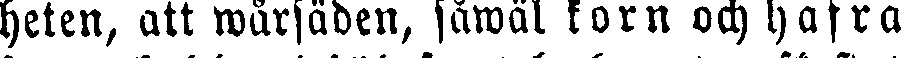
heten, att wårsäden, såwäl korn och hafra